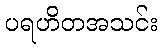
ပရဟိတအသင်း